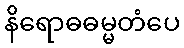
နိရောဓဓမ္မတံပေ